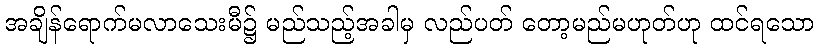
အချိန်ရောက်မလာသေးမီ၌ မည်သည့်အခါမှ လည်ပတ် တော့မည်မဟုတ်ဟု ထင်ရသော